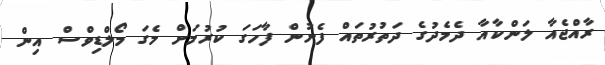
ރާއްޖެއާ ލަންކާއާ ދެމެދުގެ ދަތުރުތައް ފެށުން ފާހަގަ ކުރުމަށް މެގަ މޯލްޑިވްސް އިން